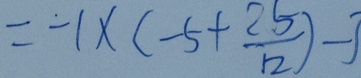
= - 1 \times ( - 5 + \frac { 2 5 } { 1 2 } ) - 3